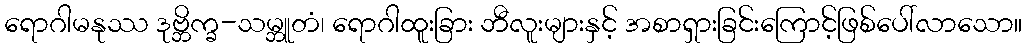
ရောဂါမနုဿ ဒုဗ္ဘိက္ခ-သမ္ဘူတံ၊ ရောဂါထူးခြား ဘီလူးများနှင့် အစာရှားခြင်းကြောင့်ဖြစ်ပေါ်လာသော။